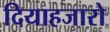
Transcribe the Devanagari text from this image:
दियाहजारो